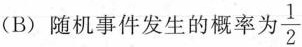
(B)随机事件发生的概率为 \frac{1}{2}